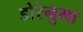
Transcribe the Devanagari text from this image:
डोरेनुमा